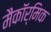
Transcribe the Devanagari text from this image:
मैकॉर्मिक